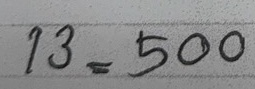
13 = 500